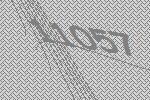
11057